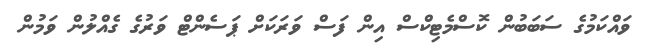
ވައްކަމުގެ ސަބަބުން ކޮސްމެޓިކްސް އިން ފަސް ވަރަކަށް ޕަސެންޓް ވަރުގެ ގެއްލުން ވަމުން